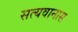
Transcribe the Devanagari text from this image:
सत्यवानास